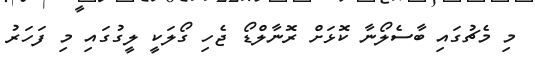
މި މެޗުގައި ބާސެލޯނާ ކޮޅަށް ރޮނާލްޑޯ ޖެހި ގޯލަކީ ލީގުގައި މި ފަހަރު